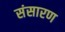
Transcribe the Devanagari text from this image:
संसारण